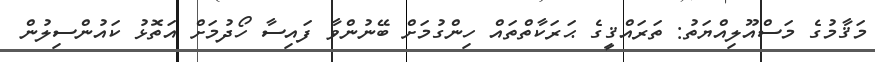
މަޤާމުގެ މަސްއޫލިއްޔަތު: ތަރައްޤީގެ ޙަރަކާތްތައް ހިންގުމަށް ބޭނުންވާ ފައިސާ ހޯދުމަށް އަތޮޅު ކައުންސިލުން